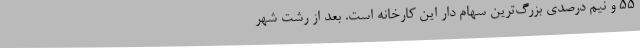
۵۵ و نیم درصدی بزرگ‌ترین سهام دار این کارخانه است. بعد از رشت شهر